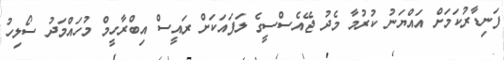
ފަނިޑާރުކަމަށް އައްޔަނު ކުރުމާ މެދު ޖޭއެސްސީގެ ލަފައަކަށް ރައީސް އިބްރާހީމް މުހައްމަދު ސޯލިހު